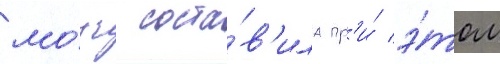
мо́зг соста́в'ила пр'и́ э́том